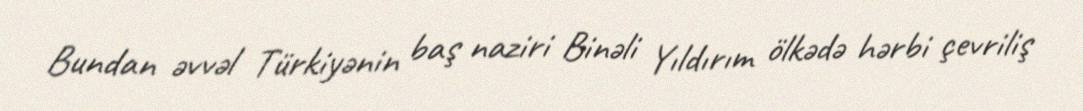
Bundan əvvəl Türkiyənin baş naziri Binəli Yıldırım ölkədə hərbi çevriliş